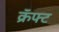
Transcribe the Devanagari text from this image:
क्रॅफ्ट